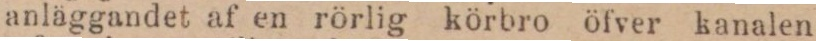
anläggandet af en rörlig körbro öfver kanalen